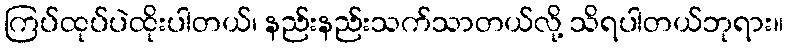
ကြပ်ထုပ်ပဲထိုးပါတယ်၊ နည်းနည်းသက်သာတယ်လို့ သိရပါတယ်ဘုရား။